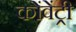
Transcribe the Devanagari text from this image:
कोंवेंट्री